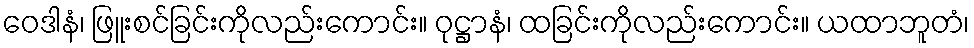
ဝေဒါနံ၊ ဖြူးစင်ခြင်းကိုလည်းကောင်း။ ဝုဋ္ဌာနံ၊ ထခြင်းကိုလည်းကောင်း။ ယထာဘူတံ၊